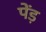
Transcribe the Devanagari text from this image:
पेंड़